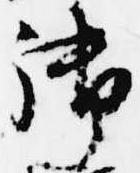
御